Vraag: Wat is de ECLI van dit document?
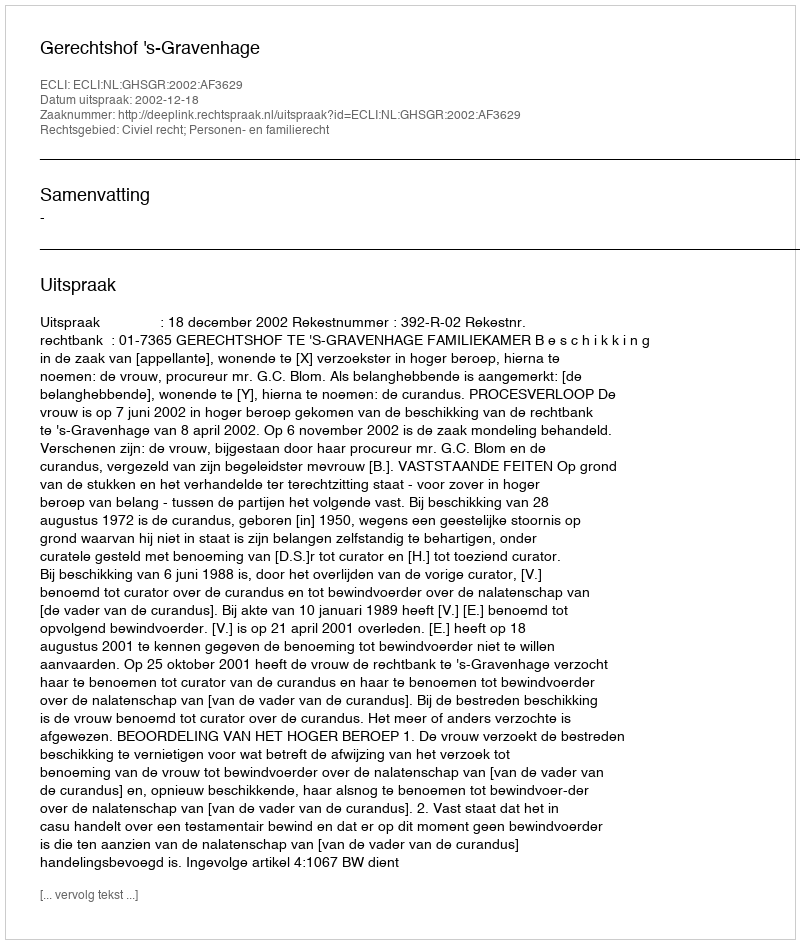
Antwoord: ECLI:NL:GHSGR:2002:AF3629